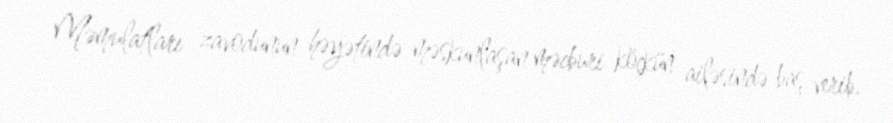
Məmulatları zavodunun həyətində məskunlaşan məcburi köçkün ailəsində baş verib.